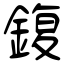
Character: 鍑